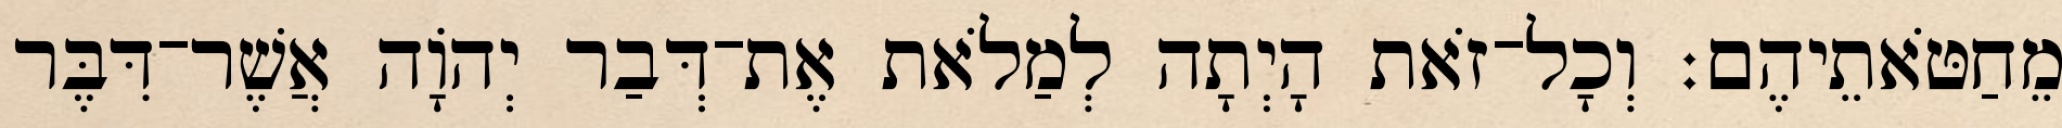
מֵחַטֹּאתֵיהֶם׃ וְכָל־זֹאת הָיְתָה לְמַלֹאת אֶת־דְּבַר יְהוָֹה אֲשֶׁר־דִּבֶּר